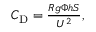
\begin{array} { r } { C _ { \mathrm { D } } = \frac { R g \Phi h S } { U ^ { 2 } } , } \end{array}